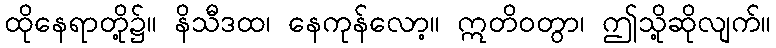
ထိုနေရာတို့၌။ နိသီဒထ၊ နေကုန်လော့။ ဣတိဝတွာ၊ ဤသို့ဆိုလျက်။